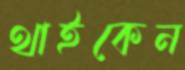
থাইকেন